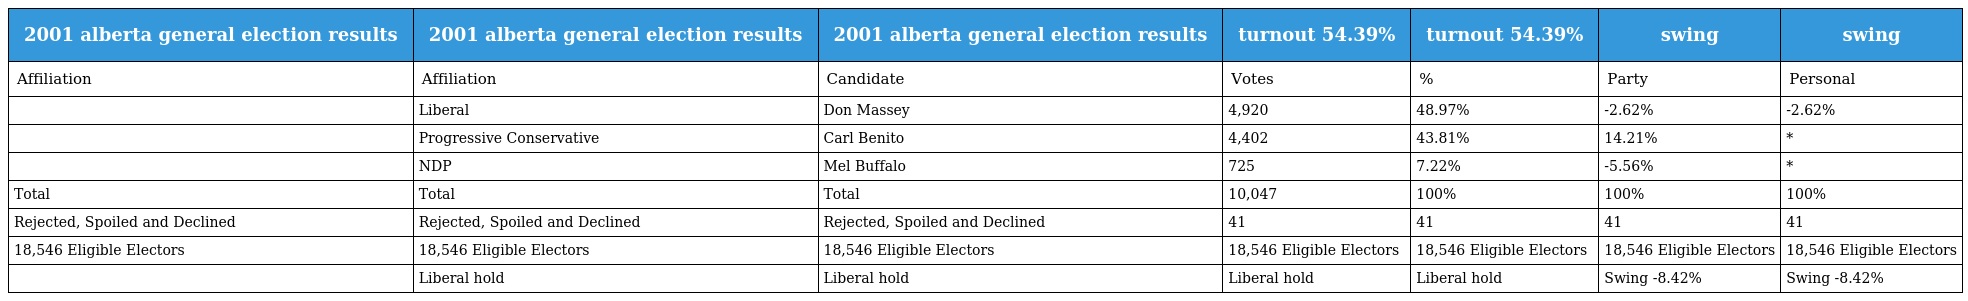
| 2001 alberta general election results | 2001 alberta general election results | 2001 alberta general election results | turnout 54.39% | turnout 54.39% | swing | swing |
 | --- | --- | --- | --- | --- | --- | --- |
 | Affiliation | Affiliation | Candidate | Votes | % | Party | Personal |
 |  | Liberal | Don Massey | 4,920 | 48.97% | -2.62% | -2.62% |
 |  | Progressive Conservative | Carl Benito | 4,402 | 43.81% | 14.21% | * |
 |  | NDP | Mel Buffalo | 725 | 7.22% | -5.56% | * |
 | Total | Total | Total | 10,047 | 100% | 100% | 100% |
 | Rejected, Spoiled and Declined | Rejected, Spoiled and Declined | Rejected, Spoiled and Declined | 41 | 41 | 41 | 41 |
 | 18,546 Eligible Electors | 18,546 Eligible Electors | 18,546 Eligible Electors | 18,546 Eligible Electors | 18,546 Eligible Electors | 18,546 Eligible Electors | 18,546 Eligible Electors |
 |  | Liberal hold | Liberal hold | Liberal hold | Liberal hold | Swing -8.42% | Swing -8.42% |